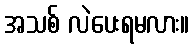
အသစ် လဲပေးရမလား။